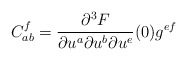
\begin{align*}C_{ab}^f=\frac{\partial^3 F}{\partial u^a \partial u^b \partial u^e}(0)g^{ef}\end{align*}